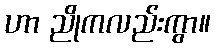
ဟာ ညိုကလည်းကွာ။